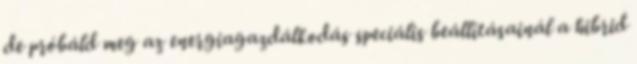
de próbáld meg az energiagazdálkodás speciális beállításainál a hibrid